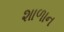
શાળાન